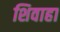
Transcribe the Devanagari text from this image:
शिवाहा